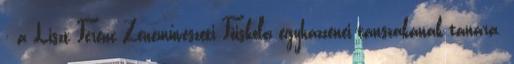
: a Liszt Ferenc Zeneművészeti Főiskola egyházzenei tanszakának tanára.